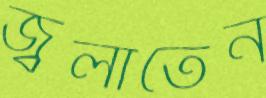
জ্বলাতেন